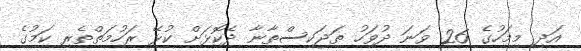
އަދި މިމަހުގެ 26 ވަނަ ދުވަހު ތަޖަކިސްތާނާ ދެކޮޅަށް ކުޅޭ ރަހުމަތްތެރި ކަމުގެ